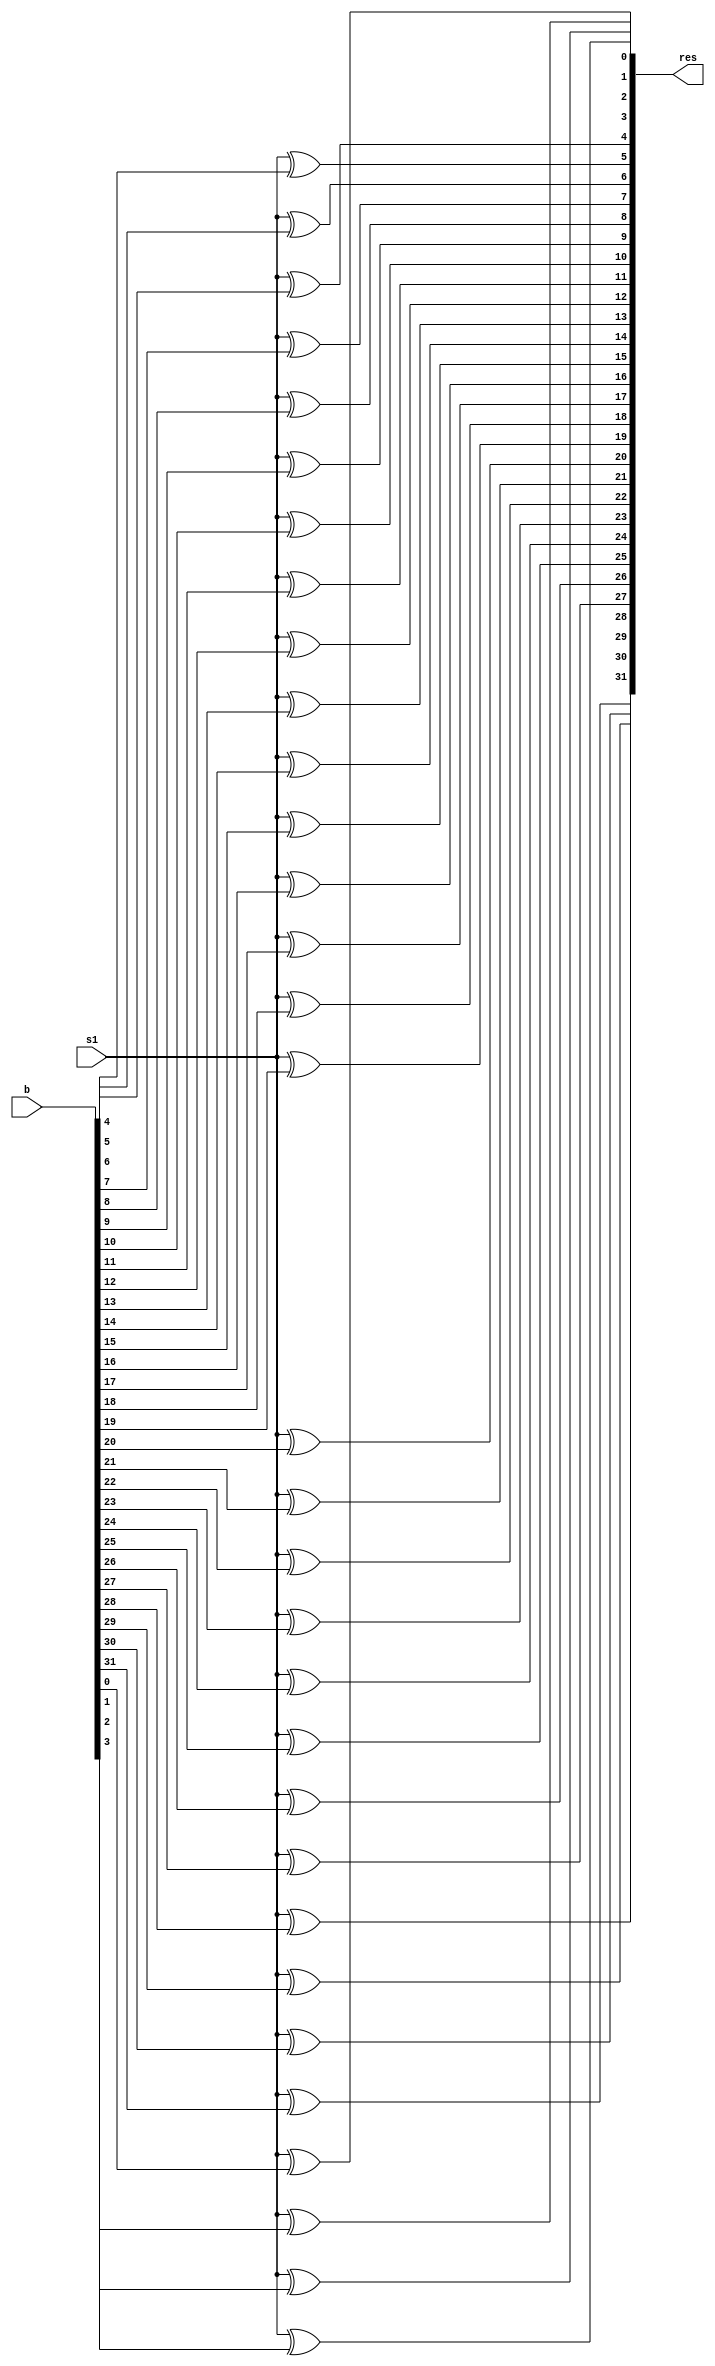
module xor_b_opr(res, b, s1);
    input [31:0] b;
	 input s1;
    output [31:0] res;
	 
	 xor x0(res[0], s1, b[0]),
		  x1(res[1], s1, b[1]),
		  x2(res[2], s1, b[2]),
		  x3(res[3], s1, b[3]),
		  x4(res[4], s1, b[4]),
		  x5(res[5], s1, b[5]),
		  x6(res[6], s1, b[6]),
		  x7(res[7], s1, b[7]),
		  x8(res[8], s1, b[8]),
		  x9(res[9], s1, b[9]),
		  x10(res[10], s1, b[10]),
		  x11(res[11], s1, b[11]),
		  x12(res[12], s1, b[12]),
		  x13(res[13], s1, b[13]),
		  x14(res[14], s1, b[14]),
		  x15(res[15], s1, b[15]),
		  x16(res[16], s1, b[16]),
		  x17(res[17], s1, b[17]),
		  x18(res[18], s1, b[18]),
		  x19(res[19], s1, b[19]),
		  x20(res[20], s1, b[20]),
		  x21(res[21], s1, b[21]),
		  x22(res[22], s1, b[22]),
		  x23(res[23], s1, b[23]),
		  x24(res[24], s1, b[24]),
		  x25(res[25], s1, b[25]),
		  x26(res[26], s1, b[26]),
		  x27(res[27], s1, b[27]),
		  x28(res[28], s1, b[28]),
		  x29(res[29], s1, b[29]),
		  x30(res[30], s1, b[30]),
		  x31(res[31], s1, b[31]);
	
	
endmodule